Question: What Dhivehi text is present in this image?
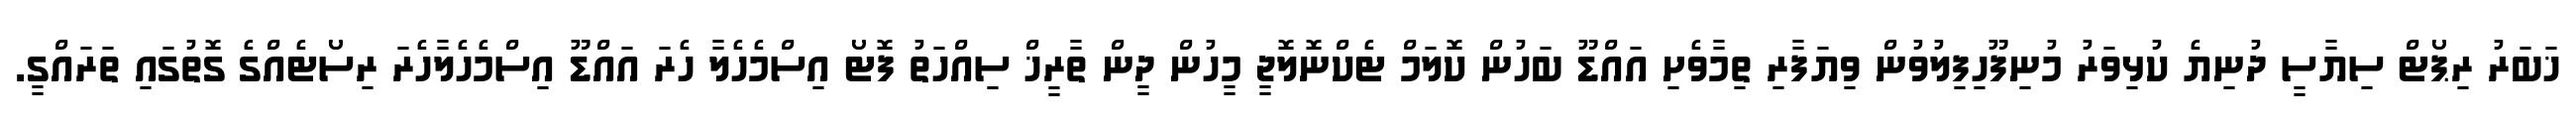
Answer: ޚަބަރު ރިޕޯޓް ސިޔާސީ ދުނިޔެ ކުޅިވަރު މުނިފޫހިފިލުވުން ވިޔަފާރި ތިމާވެށި އައްޑޫ ބަހުން ކޮލަމް ޓެކްނޮލޮޖީ މީހުން ދީން ތާރީޚް ސިއްހަތު ފޮޓޯ އިސްމެހެލާ ހެރަ އައްޑޫ އިސްމެހެލާހެރަ ރިސޯޓެއްގެ ގޮތުގައި ތަރައްގީ.